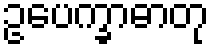
ဥပေက္ခာဓာတု